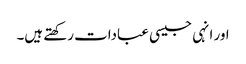
اور انہی جیسی عبادات رکھتے ہیں۔